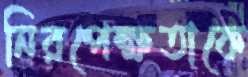
নিরপেক্ষতাকে